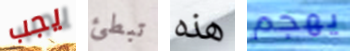
يجب تبطئ هذه يهجم